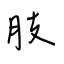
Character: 肢